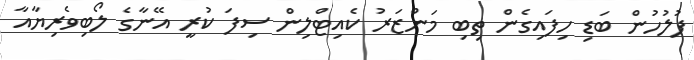
ފުލުހުން ބަޑި ހިފައިގެން ތިބި މަންޒަރު ކެއިޓްލިން ސިފަ ކުރީ އޭނާގެ ލޯބިވެރިޔާއާ